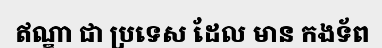
ឥណ្ឌា ជា ប្រទេស ដែល មាន កងទ័ព